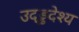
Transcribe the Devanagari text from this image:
उद्ड्ढदेश्य